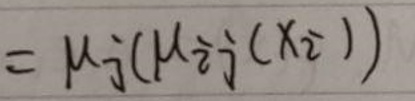
$= \mu \hat { j } ( \mu \hat { o } \hat { j } ( x \hat { o } 1 ) )$